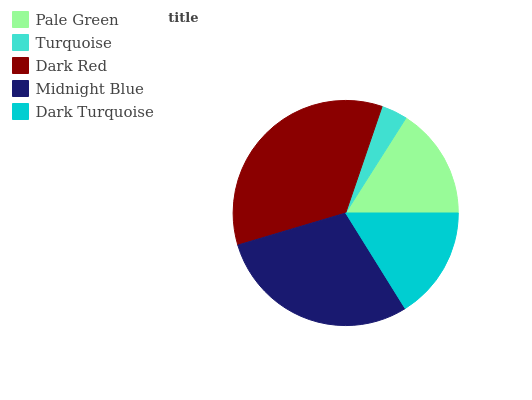
| Pale Green | Turquoise | Dark Red | Midnight Blue | Dark Turquoise |
 | --- | --- | --- | --- | --- |
 | 16.1% | 3.77% | 34.8% | 29.3% | 16.1% |